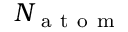
N _ { \mathrm { ~ a ~ t ~ o ~ m ~ } }